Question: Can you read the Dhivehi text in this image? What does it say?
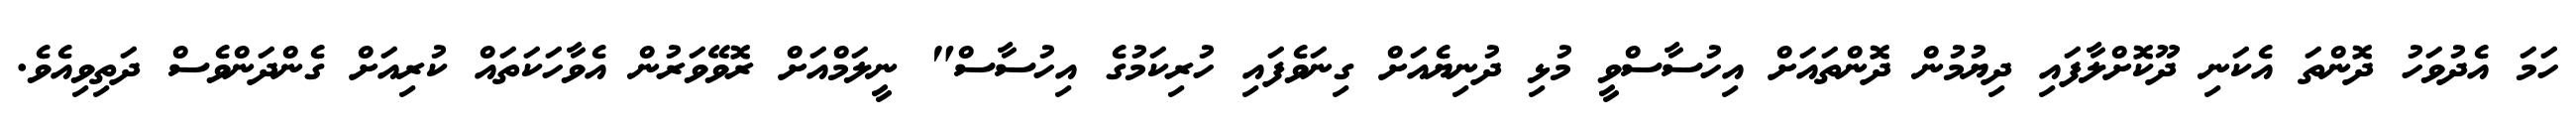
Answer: ހަމަ އެދުވަހު ދޮންތަ އެކަނި ދޫކޮށްލާފައި ދިޔުމުން ދޮންތައަށް އިހުސާސްވީ މުޅި ދުނިޔެއަށް ގިނަވެފައި ހުރިކަމުގެ އިހުސާސް" ނީލަމްއަށް ރޮވޭވަރުން އެވާހަކަތައް ކުރިއަށް ގެންދަންވެސް ދަތިވިއެވެ.